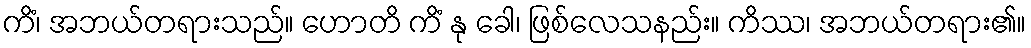
ကိံ၊ အဘယ်တရားသည်။ ဟောတိ ကိံ နု ခေါ၊ ဖြစ်လေသနည်း။ ကိဿ၊ အဘယ်တရား၏။